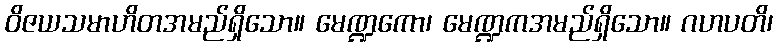
ဝိဇယသမာဟိတအမည်ရှိသော။ မေဏ္ဍကော၊ မေဏ္ဍကအမည်ရှိသော။ ဂဟပတိ၊